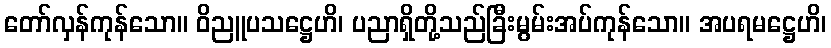
တော်လှန်ကုန်သော။ ဝိညူပသဋ္ဌေဟိ၊ ပညာရှိတို့သည်ခြီးမွမ်းအပ်ကုန်သော။ အပရမဋ္ဌေဟိ၊